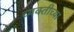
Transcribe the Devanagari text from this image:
व्‍यक्‍तीच्‍या